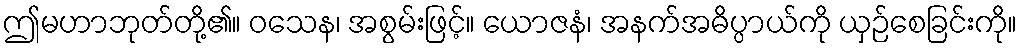
ဤမဟာဘုတ်တို့၏။ ဝသေန၊ အစွမ်းဖြင့်။ ယောဇနံ၊ အနက်အဓိပ္ပာယ်ကို ယှဉ်စေခြင်းကို။